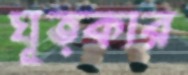
ঘূত্কার